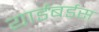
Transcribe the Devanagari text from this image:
यार्डबर्डस्